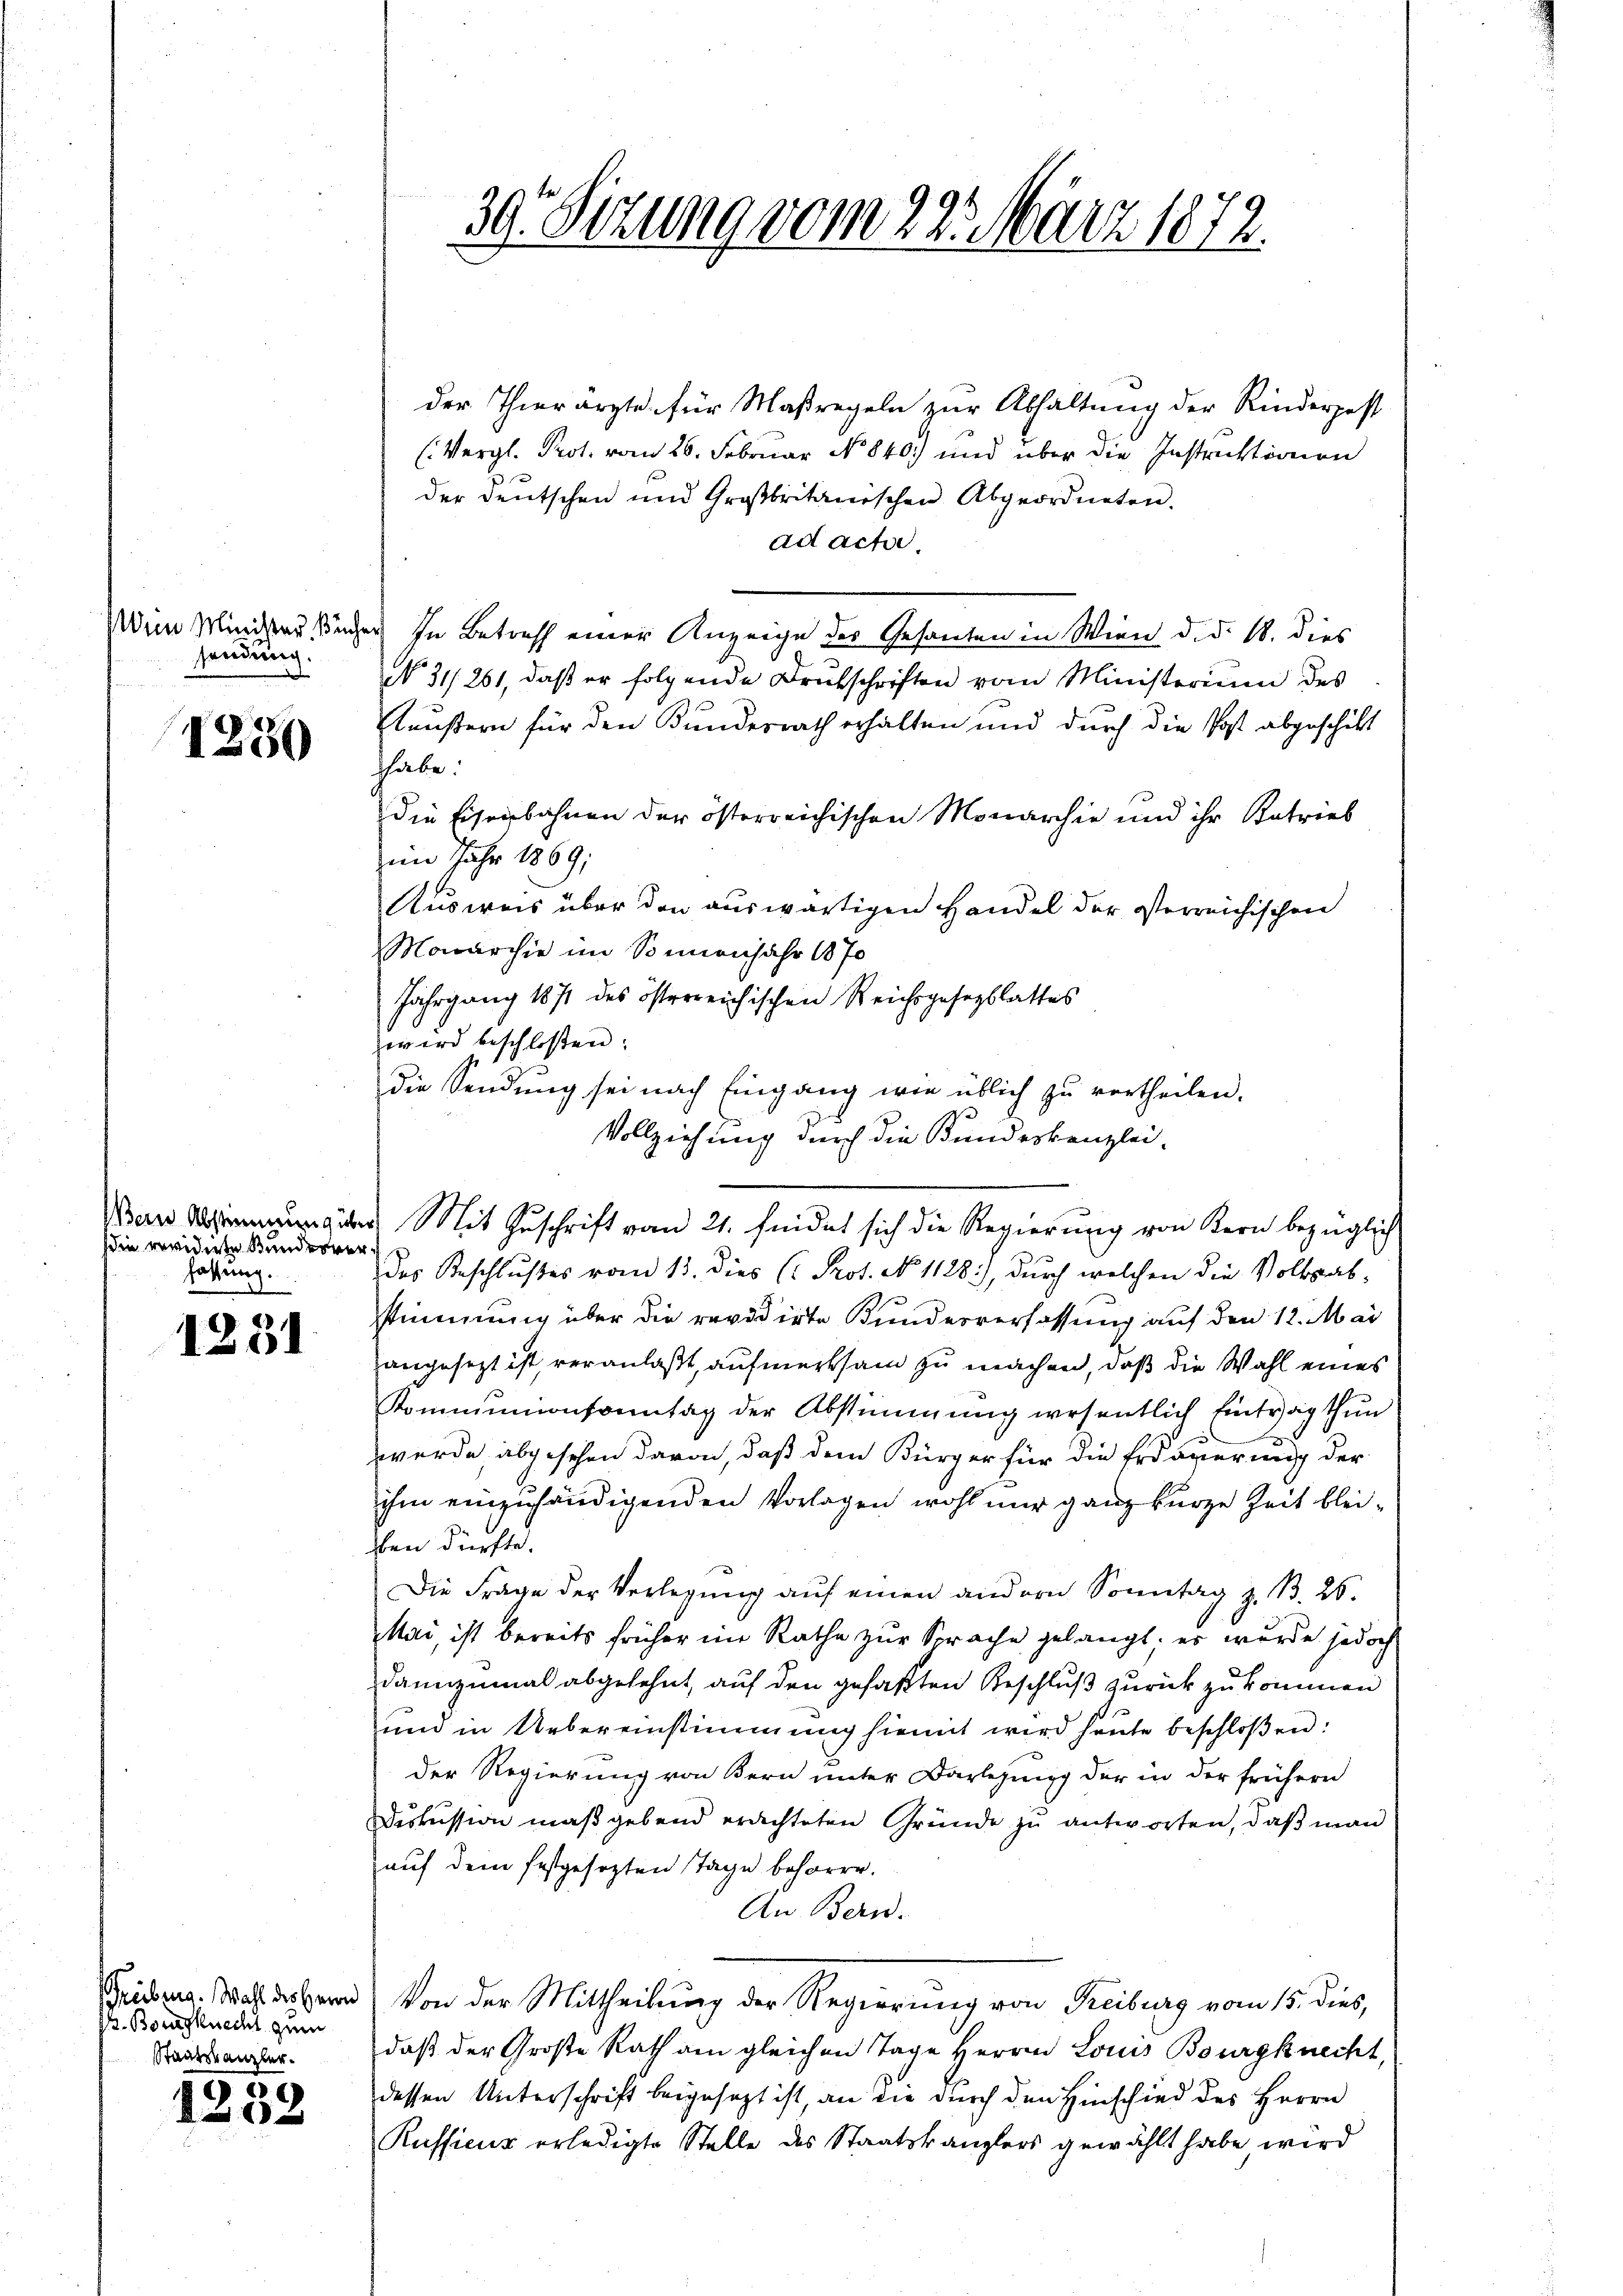
Wen Minister, Bäche
sendung.

1250

Bern Abstimmung übe
die weidente Bundesver
fassung.

1251

Grübung. Wahl des Herrn
P. Borusknecht zum
Staatskanzler¬

1238

39. Sitzung vom 22. März 1872.

der Thierarzte, für Maßregeln zur Abhaltung der Rinderpest
(Vergl. Prot. vom 26. Februar No 840.) und über die Instruktionen
der Deutschen und Großbritanischen Abgeordneten.
ad acta.
s
In Betreff einer Anzeige des Gesanten in Wien d. d. 1. dies
NNo. 31/261, daß er folgende Brutschriften vom Ministerium des
täußern für den Bundesrath erhalten und durch die Post abgeschikt
habe:
die Eisenbahnen der österreichischen Monarchie und ihr Betrieb
zum Jahr 1869;
Ausweis über den auswärtigen Handel der österreichischen
Maarchie im Sonnenjahr 1870
Jahrgang 1871 des österreichischen Reichsgesezblattes
wird beschloßen:
die Sendung sei nach Eingang wie üblich zŭ vertheilen.
Vollziehung durch die Kundeskanzlei-
des Beschlußes vom 13. dies (: Prot. No 1128), durch welchen die Volksabstimmung über die revidirte Bunderverfassung auf den 12. Mai
hangesetzt ist, veranlaßt, aufmerksam zu machen, daß die Wahl eines
Kommunionsonntag der Abstimmung wesentlich Eintrag thun
werde abgesehen davon, daß dem Bürger für die Erdauerung der
ihm einzuhändigenden Vorlagen wohl nur ganz kurze Zeit bleiüben dürfte.
Die Frage der Verlegung auf einen andern Sonntag z. B. 26.
Mai, ist bereits früher im Rathe zur Sprache gelangt, es wurde jedoch
dannzumal abgelehnt, auf den gefaßten Beschluß zurück zu kommen
und in Uebereinstimmung hiemit wird heute beschloßen:
der Regierung von Bern unter Darlegung der in der frühern
Diskussion maßgebend erdichteten Gründe zu antworten, daß man
auf dem festgesezten Tage beharre.
An Bern.
Von der Mittheilung der Regierung von Freiburg vom 15. dies,
daß der Große Rath am gleichen Tage Herrn Louis Bourgknecht,
dessen Unterschrift beigesezt ist, an die durch den Hinschied des Herrn
Russicus erledigte Stelle des Staatskanzlers gewählt habe wird

a. Mit Zuschrift vom 21. findet sich die Regierung von Kern bezüglich